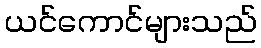
ယင်ကောင်များသည်